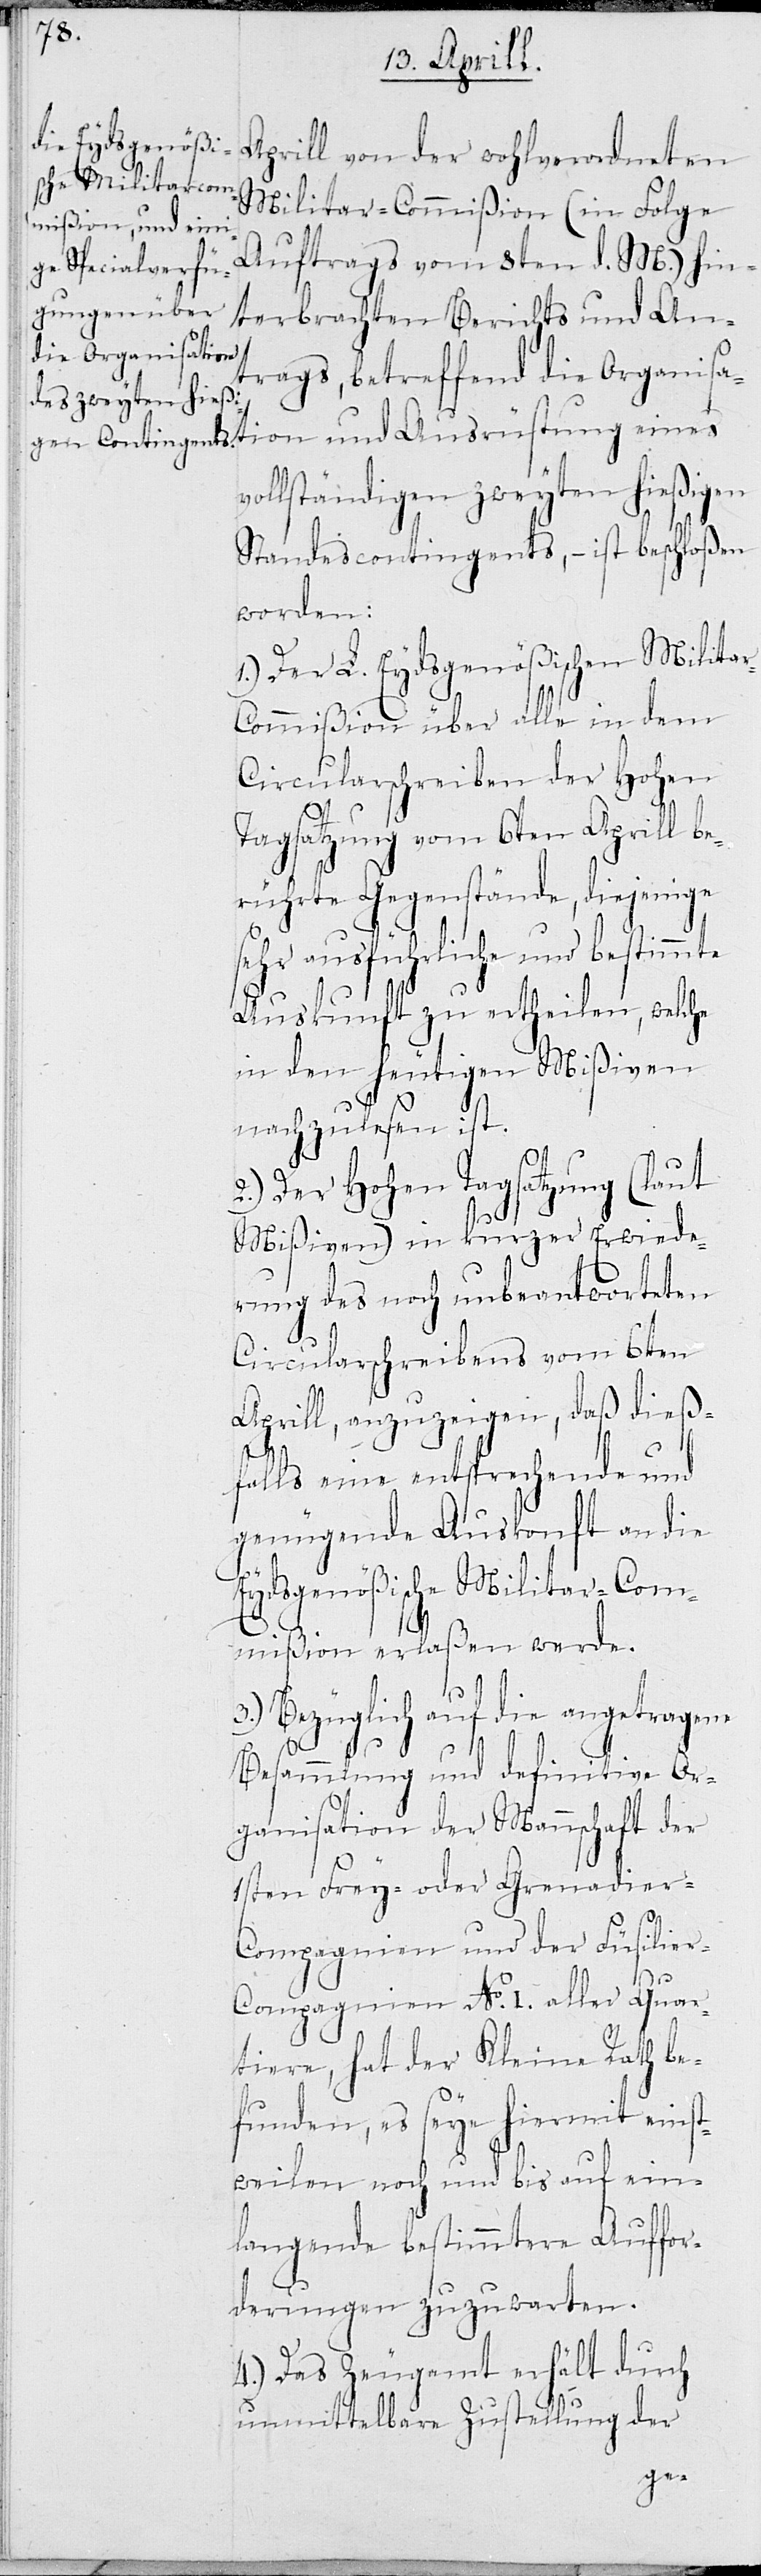
Aprill von der wohlverordneten
Militar-Commißion (in Folge
Auftrags vom 3ten d. M.) hin¬
terbrachten Berichts und An¬
trags, betreffend die Organisat¬
ollständigen zweyten
Standescontingents, – ist beschloßen
worden:
1.) Der L. Eydsgenößischen Milita¬
r-Commißion über alle in dem
Circularschreiben der Hohen
Tagsatzung vom 6ten Aprill be¬
rührten Gegenstände, diejenige
ausführliche und
Auskunft zu ertheilen, welche
in den heutigen Mißiven
nachzulesen ist.
2.) Der Hohen Tagsatzung (laut
Mißiven) in kurzer Erwiede¬
rung des noch unbeantworteten
Circularschreibens vom 6ten
Aprill, anzuzeigen, daß dieß¬
falls eine entsprechende und
genügende Auskonft an die
Eydsgenößische Militar-Com¬
mißion erlaßen werde.
Bezüglich auf die angetra¬
Besammlung und definitive Or¬
ganisation der Mannschaft der
1sten Frey- oder Grenadier-C¬
ompagnien und der Füsilier-C¬
ompagnien No. I aller Quar¬
tiere, hat der Kleine Rath be¬
funden, es seye hiermit einst¬
weilen noch und bis auf ein¬
langende bestimmtere Auffor¬
derungen zuzuwarten.
4.) Das Zeugamt erhält durch
unmittelbare Zustellung der
gene